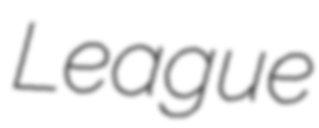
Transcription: League